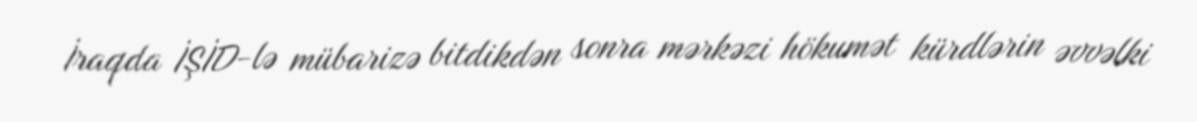
İraqda İŞİD-lə mübarizə bitdikdən sonra mərkəzi hökumət kürdlərin əvvəlki